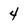
Character: 4